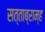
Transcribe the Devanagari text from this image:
सत्ताब्राम्ह